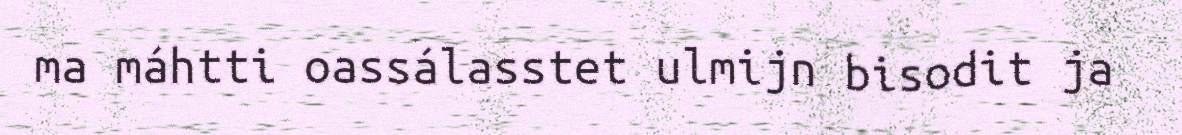
ma máhtti oassálasstet ulmijn bisodit ja